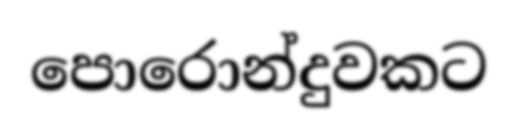
පොරොන්දුවකට